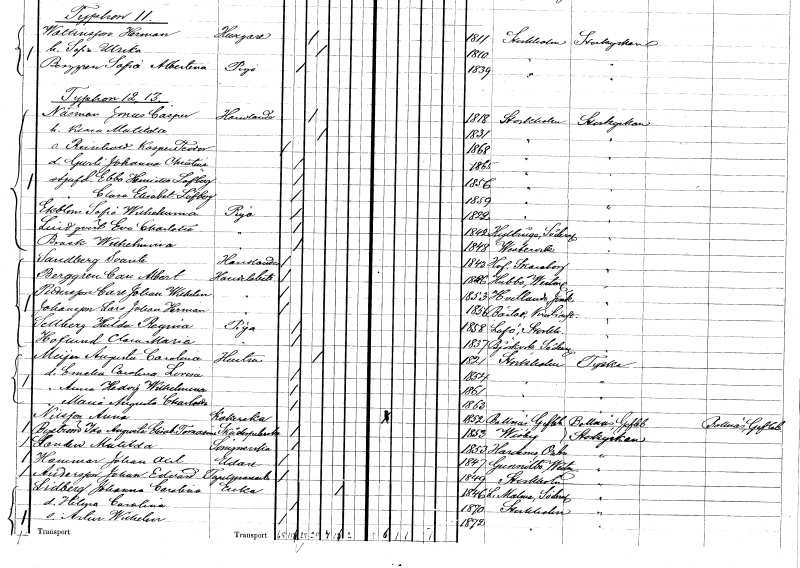
gt_parse: households: individuals: FN: Jonas Casper
EN: Näsman
YRKE: Handlande
KON: M
CIV: G
FODAR: 1818
FODFORS: Stockholm
FN: Klara Matilda
KON: K
CIV: G
FODAR: 1831
FODFORS: Stockholm
FN: Reinhold Kasper Teodor
KON: M
CIV: O
FODAR: 1868
FODFORS: Stockholm
FN: Gurli Johanna Christina
KON: K
CIV: O
FODAR: 1865
FODFORS: Stockholm
FN: Ebba Henrietta
EN: Löfberg
KON: K
CIV: O
FODAR: 1856
FODFORS: Stockholm
FN: Clara Elisabet
EN: Löfgren
KON: K
CIV: O
FODAR: 1859
FODFORS: Stockholm
FN: Sofia Wilhelmina
EN: Ekblom
YRKE: Piga
KON: K
CIV: O
FODAR: 1822
FODFORS: Stockholm
FN: Eva Charlotta
EN: Lindqvist
YRKE: Piga
KON: K
CIV: O
FODAR: 1842
FODFORS: Hyltinge Södermanlands län
FN: Wilhelmina
EN: Brask
YRKE: Piga
KON: K
CIV: O
FODAR: 1848
FODFORS: Västervik Kalmar län
FN: Svante
EN: Sandberg
YRKE: Handlande
KON: M
CIV: O
FODAR: 1843
FODFORS: Hova Skaraborgs län
FN: Carl Albert
EN: Berggren
YRKE: Handelsbiträde
KON: M
CIV: O
FODAR: 1846
FODFORS: Hubbo Västmanlands län
FN: Carl Johan Wilhelm
EN: Pettersson
YRKE: Handelsbiträde
KON: M
CIV: O
FODAR: 1853
FODFORS: Vetlanda Jönköpings län
FN: Lars Johan Herman
EN: Johansson
YRKE: Handelsbiträde
KON: M
CIV: O
FODAR: 1856
FODFORS: Båstad Kristianstads län
FN: Hulda Regina
EN: Sellberg
YRKE: Piga
KON: K
CIV: O
FODAR: 1858
FODFORS: Lovö Stockholms län
FN: Clara Maria
EN: Hoflund
YRKE: Piga
KON: K
CIV: O
FODAR: 1837
FODFORS: Björkvik Södermanlands län
FN: Augusta Carolina
EN: Meÿer
YRKE: Hustru
KON: K
CIV: G
FODAR: 1821
FODFORS: Stockholm
FN: Emelia Carolina Lovisa
KON: K
CIV: O
FODAR: 1854
FODFORS: Stockholm
FN: Anna Hedorf Wilhelmina
KON: K
CIV: O
FODAR: 1861
FODFORS: Stockholm
FN: Maria Augusta Charlotta
KON: K
CIV: O
FODAR: 1863
FODFORS: Stockholm
FN: Anna
EN: Nilsson
YRKE: Kokerska
KON: K
CIV: O
FODAR: 1852
FODFORS: Bollnäs Gävleborgs län
FN: Ida Augusta Elisabet Tomasine
EN: Byström
YRKE: Skådespelerska
KON: K
CIV: O
FODAR: 1853
FODFORS: Visby Gotlands län
FN: Matilda
EN: Sanden
YRKE: Sömmerska
KON: K
CIV: O
FODAR: 1853
FODFORS: Hardemo Örebro län
FN: Johan Axel
EN: Hammar
YRKE: Eldare
KON: M
CIV: O
FODAR: 1847
FODFORS: Gunnilbo Västmanlands län
FN: Johan Edvard
EN: Andersson
YRKE: Tapetseriarbetare
KON: M
CIV: O
FODAR: 1849
FODFORS: Stockholm
FN: Johanna Carolina
EN: Lidberg
YRKE: Änka
KON: K
CIV: E
FODAR: 1846
FODFORS: Lilla Malma Södermanlands län
FN: Hilma Carolina
KON: K
CIV: O
FODAR: 1870
FODFORS: Stockholm
FN: Artur Wilhelm
KON: M
CIV: O
FODAR: 1872
FODFORS: Stockholm